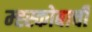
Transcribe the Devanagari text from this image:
म्ह्स्कोबाची